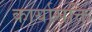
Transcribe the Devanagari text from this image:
कार्यासक्ति